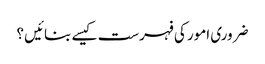
ضروری امور کی فہرست کیسے بنائیں ؟